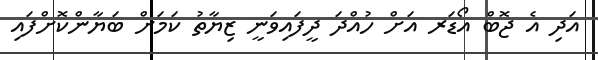
އަދި އެ ޖޮބް އޯޑަރ އަށް ހުއްދަ ދީފައިވަނީ ޒިޔާތު ކަމަށް ބަޔާންކޮށްފައި